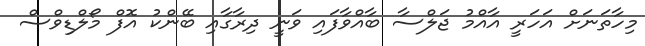
މިހާތަނަށް އަހަރީ އާއްމު ޖަލްސާ ބާއްވާފައި ވަނީ ދިރާގާއި ބޭންކު އޮފް މޯލްޑިވްސް